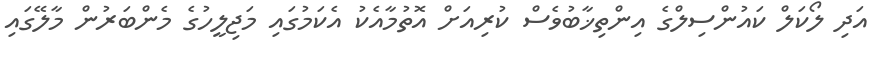
އަދި ލޯކަލް ކައުންސިލްގެ އިންތިޚާބުވެސް ކުރިއަށް އޮތުމާއެކު އެކަމުގައި މަޖިލީހުގެ މެންބަރުން މާލޭގައި